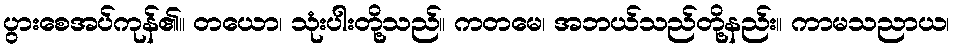
ပွားစေအပ်ကုန်၏။ တယော၊ သုံးပါးတို့သည်။ ကတမေ၊ အဘယ်သည်တို့နည်း။ ကာမသညာယ၊